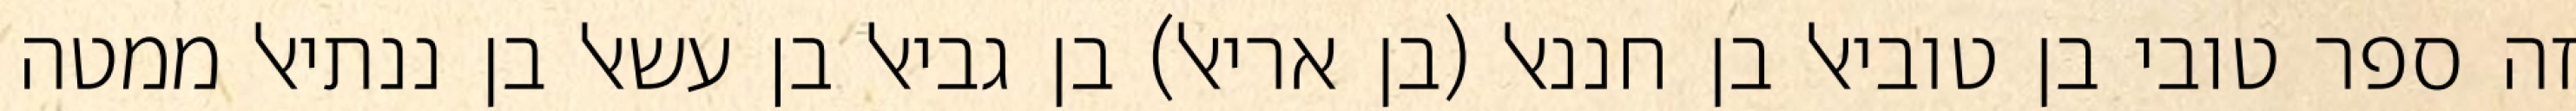
זה ספר טובי בן טוביאל בן חננאל (בן אריאל) בן גביאל בן עשאל בן ננתיאל ממטה